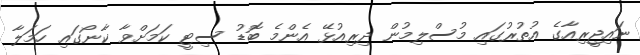
ނައިޖީރިއާގެ އުތުރުގައި މުސްލިމުން ދިރިއުޅޭ އެންމެ ބޮޑު ސިޓީ ކަމަށްވާ ކާނޯގައި ހަމަލާ